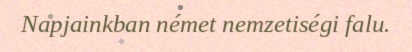
Napjainkban német nemzetiségi falu.